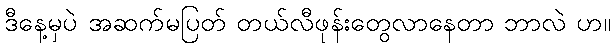
ဒီနေ့မှပဲ အဆက်မပြတ် တယ်လီဖုန်းတွေလာနေတာ ဘာလဲ ဟ။